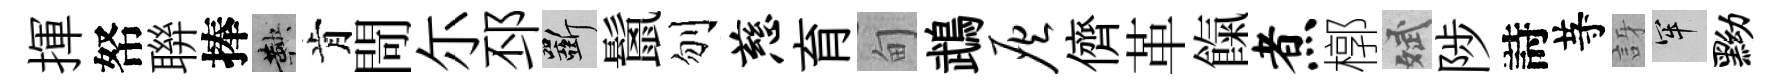
揮帑聨捧鞅肯閜尓邳斫鬛刎慈育甸鵡灰儕革餼煮槨斌陟詩䒭訝牢黝